Vaccination in Bombay 1856-1862 - 1856-1862
Year: 1856
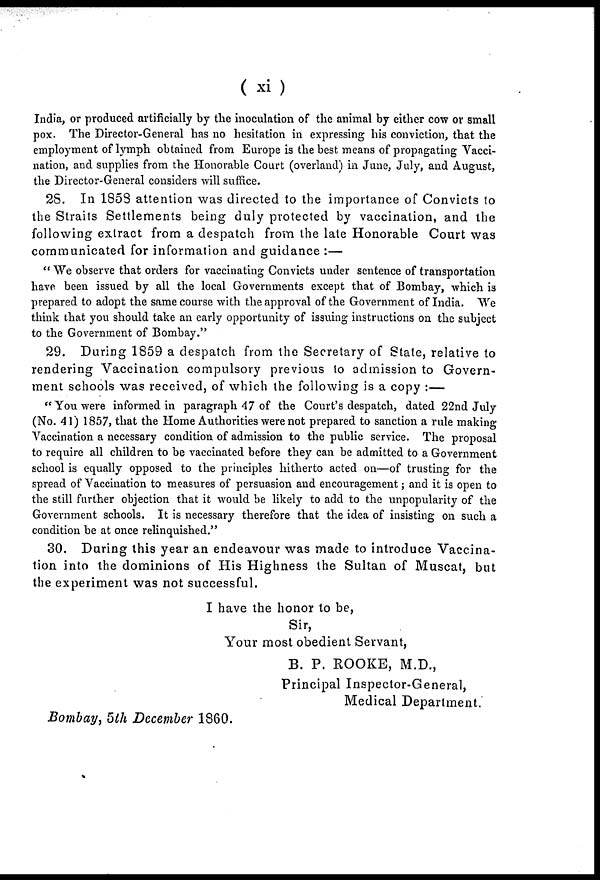
( xi)
India, or produced artificially by the inoculation of the animal by either cow or small
pox. The Director-General has no hesitation in expressing his conviction, that the
employment of lymph obtained from Europe is the best means of propagating Vacci-
nation, and supplies from the Honorable Court (overland) in June, July, and August,
the Director-General considers will suffice.
28. In 1858 attention was directed to the importance of Convicts to
the Straits Settlements being duly protected by vaccination, and the
following extract from a despatch from the late Honorable Court was
communicated for information and guidance :—
" We observe that orders for vaccinating Convicts under sentence of transportation
have been issued by all the local Governments except that of Bombay, which is
prepared to adopt the same course with the approval of the Government of India. We
think that you should take an early opportunity of issuing instructions on the subject
to the Government of Bombay."
29. During 1859 a despatch from the Secretary of State, relative to
rendering Vaccination compulsory previous to admission to Govern-
ment schools was received, of which the following is a copy :—
"You were informed in paragraph 47 of the Court's despatch, dated 22nd July
(No. 41) 1857, that the Home Authorities were not prepared to sanction a rule making
Vaccination a necessary condition of admission to the public service. The proposal
to require all children to be vaccinated before they can be admitted to a Government
school is equally opposed to the principles hitherto acted on—of trusting for the
spread of Vaccination to measures of persuasion and encouragement; and it is open to
the still further objection that it would be likely to add to the unpopularity of the
Government schools. It is necessary therefore that the idea of insisting on such a
condition be at once relinquished."
30. During this year an endeavour was made to introduce Vaccina-
tion into the dominions of His Highness the Sultan of Muscat, but
the experiment was not successful.
I have the honor to be,
Sir,
Your most obedient Servant,
B. P. ROOKE, M.D.,
Principal Inspector-General,
Medical Department.
Bombay, 5th December 1860.